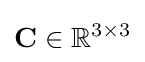
\mathbf {C} \in \mathbb {R} ^{3\times 3}